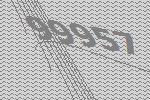
99957